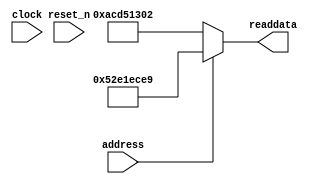
module soc_system_sysid_qsys_5 (
                address,
                clock,
                reset_n,
                readdata
             )
;
  output  [ 31: 0] readdata;
  input            address;
  input            clock;
  input            reset_n;
  wire    [ 31: 0] readdata;
  assign readdata = address ? 1390537961 : 2899645186;
endmodule